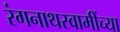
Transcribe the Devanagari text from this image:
रंगनाथस्वामींच्या